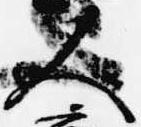
人